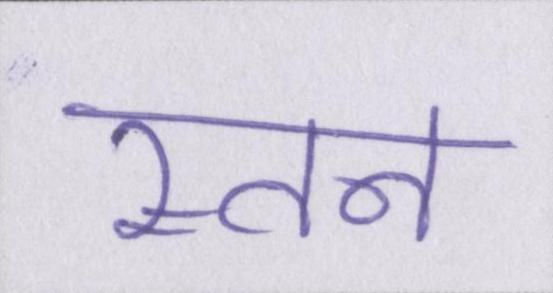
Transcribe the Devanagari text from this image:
स्तन